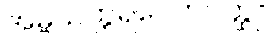
အမ္ဗသက္ကရပေတဝတ္ထု။